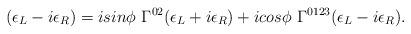
LaTeX: \begin{align*}(\epsilon_L - i \epsilon_R) = i sin\phi ~\Gamma^{0 2} (\epsilon_L + i \epsilon_R) + i cos\phi ~\Gamma^{0 1 2 3} (\epsilon_L - i \epsilon_R).\end{align*}